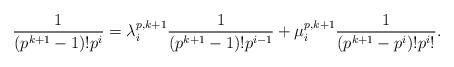
LaTeX: \begin{align*}\frac{1}{(p^{k+1}-1)!p^i}=\lambda_{i}^{p, k+1}\frac{1}{(p^{k+1}-1)!p^{i-1}}+\mu_{i}^{p, k+1}\frac{1}{(p^{k+1}-p^{i})!p^{i}!}.\end{align*}